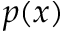
p ( x )